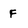
Character: F